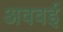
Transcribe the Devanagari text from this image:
अववई